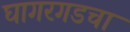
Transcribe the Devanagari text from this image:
घागरगडचा